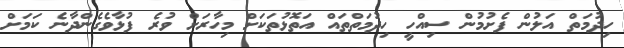
ހިދުމަތް އަލުން ފެށުމުން ސިއްހީ ހިދުމަތްތައް އަތޮޅުތަކަށް މިހާރަށް ވުރެ ފުޅާވެގެންދާނެ ކަމަށް